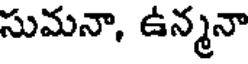
సుమనా, ఉన్మనా